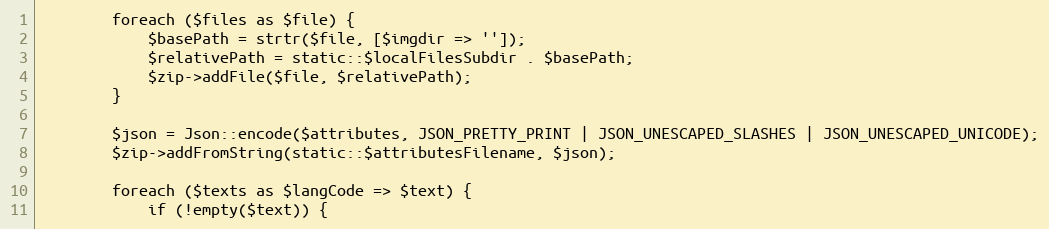
Language: PHP
        foreach ($files as $file) {
            $basePath = strtr($file, [$imgdir => '']);
            $relativePath = static::$localFilesSubdir . $basePath;
            $zip->addFile($file, $relativePath);
        }

        $json = Json::encode($attributes, JSON_PRETTY_PRINT | JSON_UNESCAPED_SLASHES | JSON_UNESCAPED_UNICODE);
        $zip->addFromString(static::$attributesFilename, $json);

        foreach ($texts as $langCode => $text) {
            if (!empty($text)) {